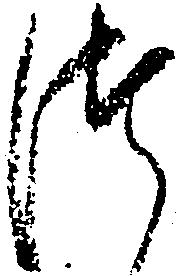
つ